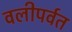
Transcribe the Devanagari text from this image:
वलीपर्वत